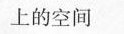
上的空间